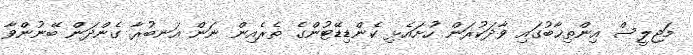
މަޖިލީސް އިންތިޚާބުގައި ވާދަކުރަން ހުށައެޅި ކެންޑިޑޭޓުންގެ ތެރެއިން ނަން އަނބުރާ ގެންދަން ބޭނުންވާ